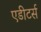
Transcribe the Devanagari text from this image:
एडीटर्स